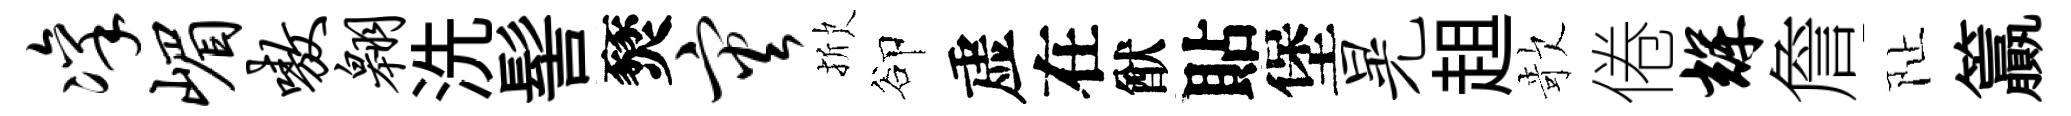
凛嵋嗷翱洗髻燹灾掀卻虚在猷貼堡晃趄欹倦辉詹阯籯